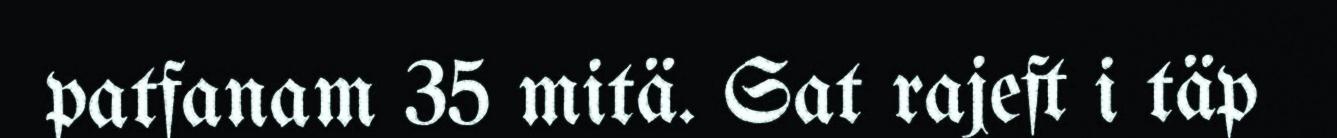
patfanam 35 mitä. Sat rajeft i täp